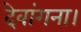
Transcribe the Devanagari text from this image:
देवांगना।